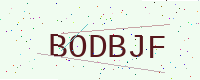
Text: BODBJF